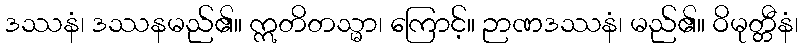
ဒဿနံ၊ ဒဿနမည်၏။ ဣတိတသ္မာ၊ ကြောင့်။ ဉာဏဒဿနံ၊ မည်၏။ ဝိမုတ္တီနံ၊